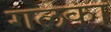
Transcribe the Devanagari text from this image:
गलका